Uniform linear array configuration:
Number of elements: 8
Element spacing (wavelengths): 0.75
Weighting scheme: cosine
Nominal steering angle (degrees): -30
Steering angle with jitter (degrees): -31.23
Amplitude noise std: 0.05
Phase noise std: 0.05

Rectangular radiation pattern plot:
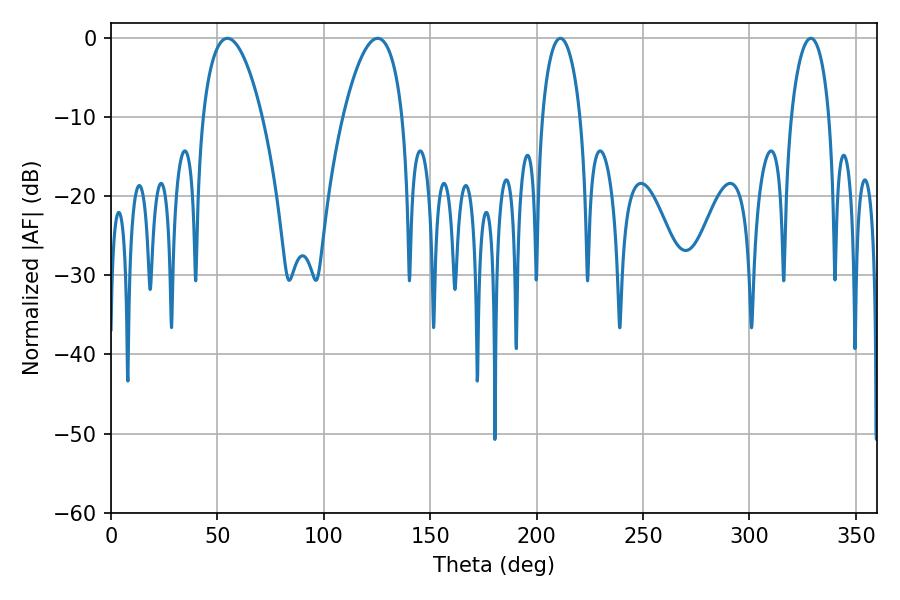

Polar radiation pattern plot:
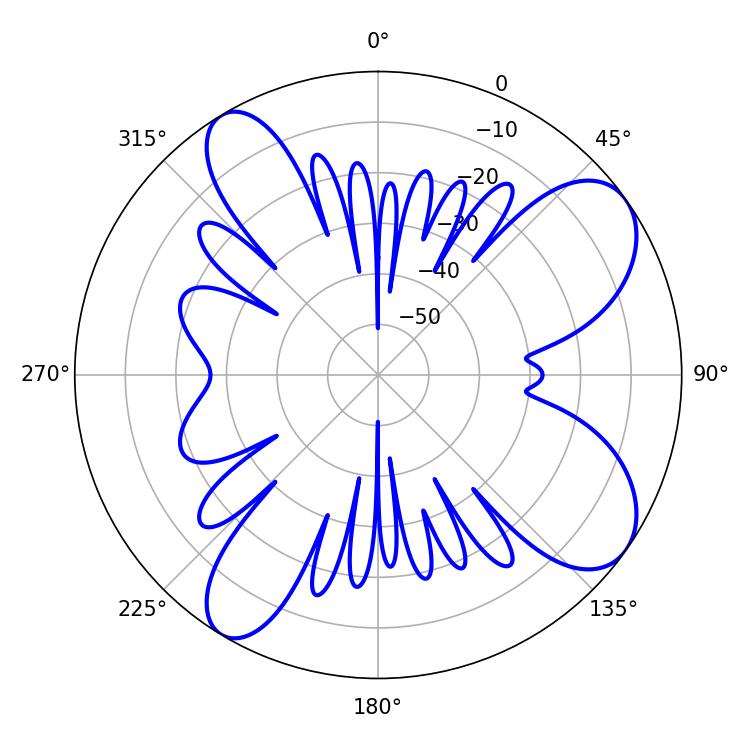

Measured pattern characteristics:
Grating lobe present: TRUE
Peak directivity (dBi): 8.679
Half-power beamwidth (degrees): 10.26
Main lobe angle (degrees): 211.14